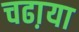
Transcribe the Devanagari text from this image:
चढा़या